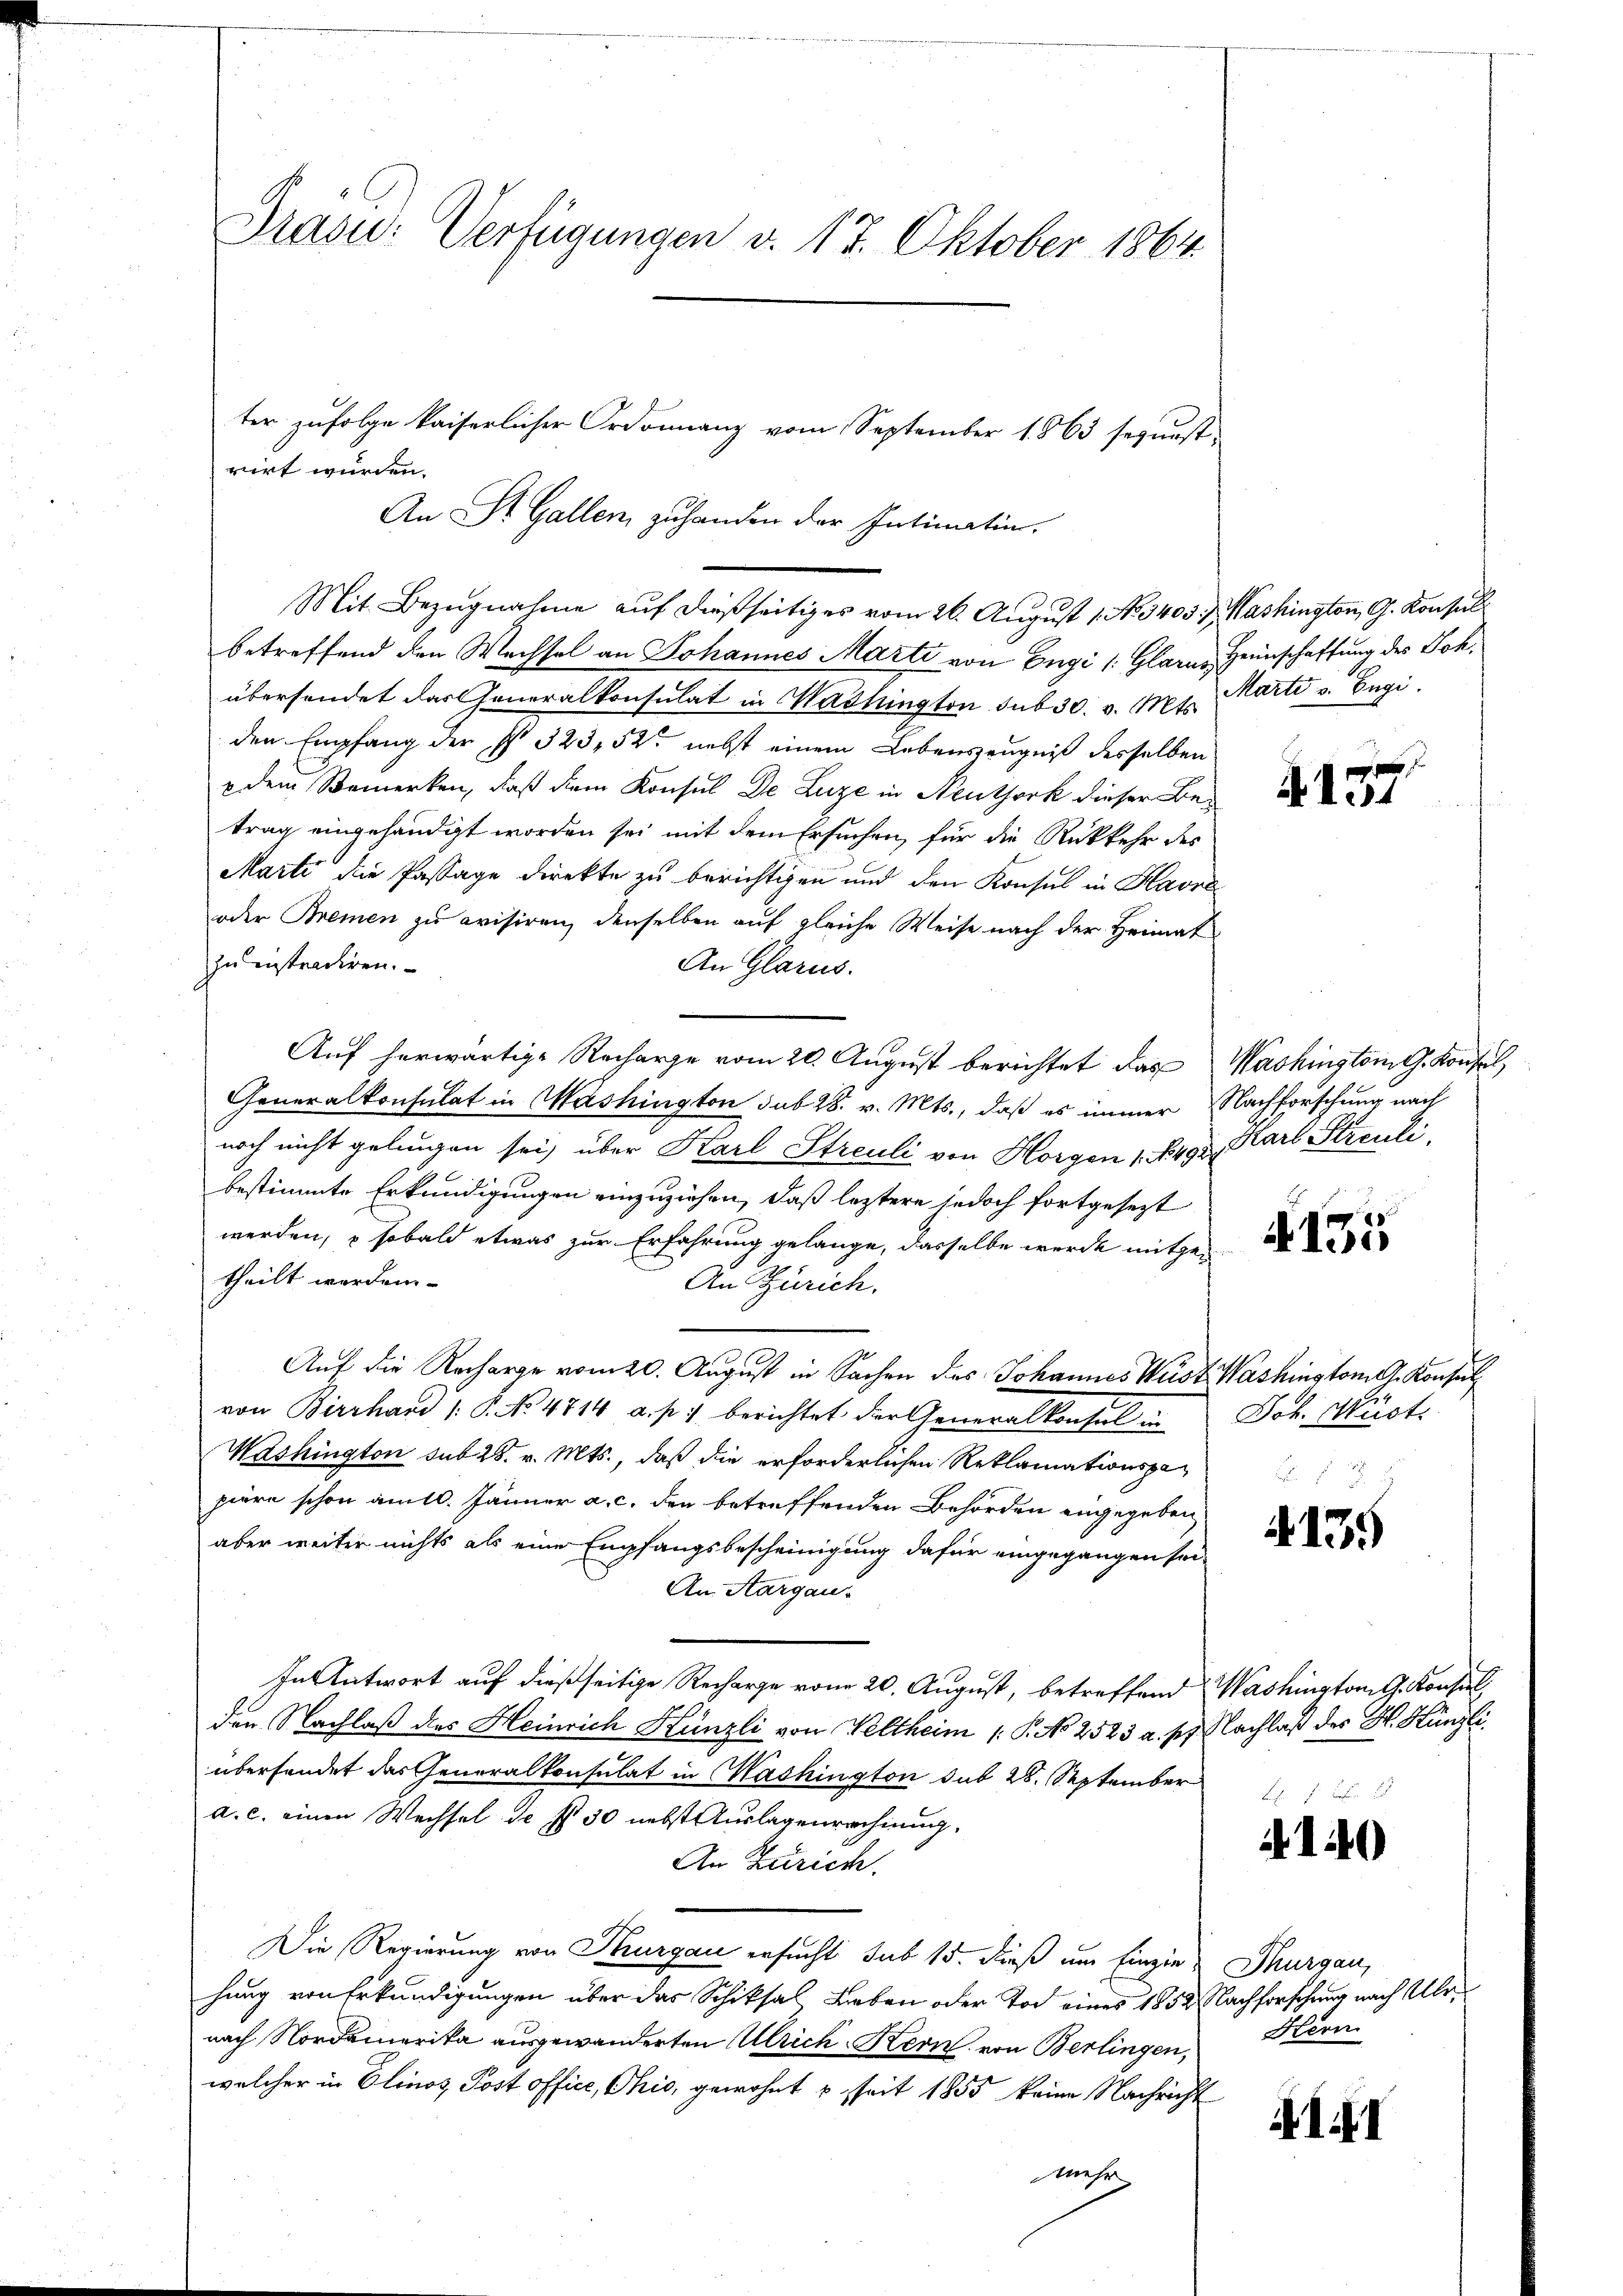
Drasu: Verfügungen v. 17. Oktober 1864.
ter zufolge kaiserlicher Ordonnanz vom September 1863 sequest
rirt wurden.

An St. Gallen, zu handen der Intimatin.
betreffend den Wechsel an Johannes Marti von Engi /: Glarus, Heimschaffung des Joh.
übersendet das Generalkonsulat in Washington sub 30. v. Mts.
den Empfang der § 323, 520 nebst einem Lebenszeugniß desselben
 dem Bemerken, daß dem Konsul De Luze in Neuthork dieser Betrag eingehändigt worden sei mit dem Ersuchen, für die Rückkehr des
Marti die Passage direkte zu berichtigen und den Konsul in Havre
oder Bremen zu evisiren, denselben auf gleiche Weise nach der Heimat
zu eintradiren.
An Glarus.
Auf herwärtige Recharge vom 20. August berichtet das
Generalkonsulat in Washington sub 28. v. Mts., daß es immer Nachforschung nach
noch nicht gelingen sei, über Karl Streuli von Horgen 1. 492. Karl Streuli
bestimmte Erkundigungen einzuziehen, daß leztere jedoch fortgesezt
werden, sobald etwas zur Erfahrung gelange, dasselbe werde mitgetheilt worden
An Zürich.
Auf die Recharge vom 20. August in Sachen des Johannes Wüst Washington G. Konsul
von Birrhand /: P. No. 4714 a. p. 1 berichtet der Generalkonsel un
Washington sub 28. v. Mts., daß die erforderlichen Reklamationspapiäre schon am 10. Jänner a. c. den betreffenden Behörden angegeben
aber weiter nichts als eine Empfangsbescheinigung dafür eingegangen sei,
An Aargau.
In Antwort auf dießseitige Recharge vom 20. August, betreffend
den Nachlaß des Heinrich Künzli von Veltheim (: P. No 2523 a. p.
übersendet das Generalkonsulat in Mashington sub 28. September
a. c. einen Wechsel de f. 50 nebst Auslagenrechnung.
An Zürich.
Die Regierung von Thurgau ersucht sub 15. dieß um Einzie
hung von Erkundigungen über das Schiksal Leben oder Tod eines 1852 Nachforschung nach Ulrnach Nordamerika ausgewanderten Ulrich Kern von Berlingen,
welcher in Elinos Post office, Ohio, gewohnt u. seit 1855 keine Nachricht
mehr

Mit Bezugnahme auf dießseitiges vom 26. August 1. No. 3405 f. Washington, G. Konsul

Marti v. Engi.

G.157

Washington G. Konsul,

135

Joh. Müst

4135

Washington G. Konsul
Nachlaß des Hr. Künzli.
 xx

A 140

Thurgau,
Hern

14I